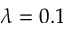
\lambda = 0 . 1